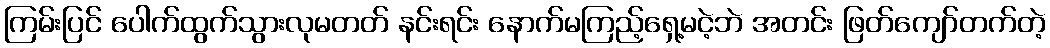
ကြမ်းပြင် ပေါက်ထွက်သွားလုမတတ် နင်းရင်း နောက်မကြည့်ရှေ့မငဲ့ဘဲ အတင်း ဖြတ်ကျော်တက်တဲ့